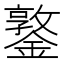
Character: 鐜